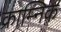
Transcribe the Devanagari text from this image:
क्राम्निक